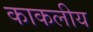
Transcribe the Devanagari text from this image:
काकलीय